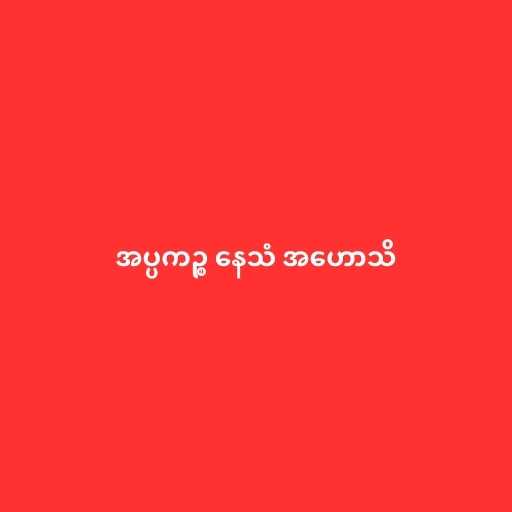
အပ္ပကဉ္စ နေသံ အဟောသိ